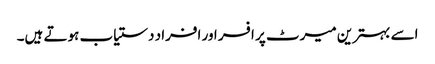
اسے بہترین میرٹ پر افسر اور افراد دستیاب ہوتے ہیں۔